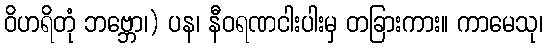
ဝိဟရိတုံ ဘဗ္ဘော၊) ပန၊ နီဝရဏငါးပါးမှ တခြားကား။ ကာမေသု၊